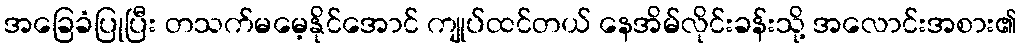
အခြေခံပြုပြီး တသက်မမေ့နိုင်အောင် ကျုပ်ထင်တယ် နေအိမ်လိုင်းခန်းသို့ အလောင်းအစား၏